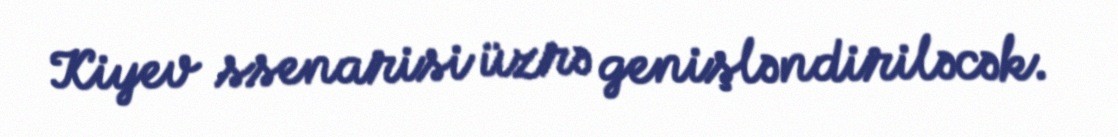
Kiyev ssenarisi üzrə genişləndiriləcək.